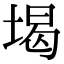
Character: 堨